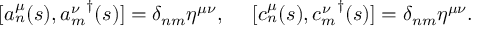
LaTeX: [ a _ { n } ^ { \mu } ( s ) , { a _ { m } ^ { \nu } } ^ { \dagger } ( s ) ] = \delta _ { n m } \eta ^ { \mu \nu } , ~ ~ ~ ~ [ c _ { n } ^ { \mu } ( s ) , { c _ { m } ^ { \nu } } ^ { \dagger } ( s ) ] = \delta _ { n m } \eta ^ { \mu \nu } .